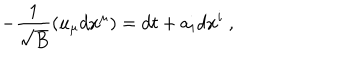
LaTeX: - { \frac { 1 } { \sqrt { B } } } ( u _ { \mu } d x ^ { \mu } ) = d t + a _ { i } d x ^ { i } ~ ,